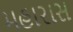
મહારાસ